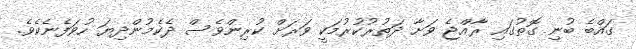
ގައްބެ ބުނި ގޮތުގައި ރާއްޖެ ވަށާ ދަތުރުކުރުމަކީ ވަރަށް ކުރިންވެސް ދެކެމުންދިޔަ ހުވަފެނެކެވެ.